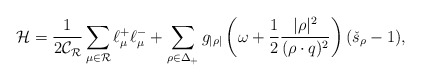
\begin{align*}{\cal H}=\frac{1}{2\mathcal{C_R}} \sum_{\mu\in\mathcal{R}}\ell^+_{\mu}\ell^-_{\mu} + \sum_{\rho\in\Delta_{+}}g_{|\rho|}\left(\omega +\frac{1}{2}{|\rho|^2\over{(\rho\cdot q)^2}}\right)(\check{s}_{\rho}-1), \end{align*}